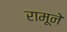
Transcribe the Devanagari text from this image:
रामूने